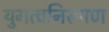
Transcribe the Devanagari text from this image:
युगत्वनिरूपण